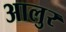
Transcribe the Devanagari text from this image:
आलुर